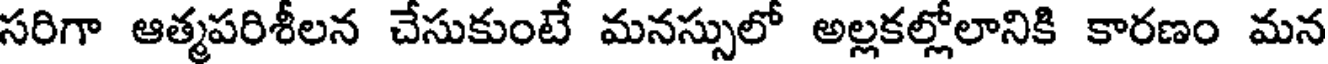
సరిగా ఆత్మపరిశీలన చేసుకుంటే మనస్సులో అల్లకల్లోలానికి కారణం మన